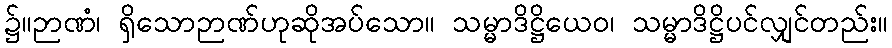
၌။ဉာဏံ၊ ရှိသောဉာဏ်ဟုဆိုအပ်သော။ သမ္မာဒိဋ္ဌိယေဝ၊ သမ္မာဒိဋ္ဌိပင်လျှင်တည်း။